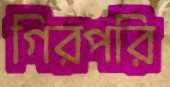
গিরপরি